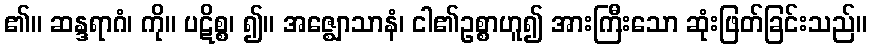
၏။ ဆန္ဒရာဂံ၊ ကို။ ပဋိစ္စ၊ ၍။ အဇ္ဈောသာနံ၊ ငါ၏ဥစ္စာဟူ၍ အားကြီးသော ဆုံးဖြတ်ခြင်းသည်။